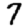
Digit: 7